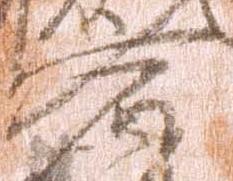
宿